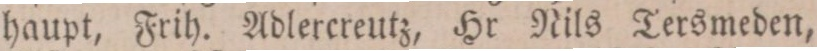
haupt, Frih. Adlerereutz, Hr Nils Tersmeden,